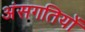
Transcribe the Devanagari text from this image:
अंसगतियों